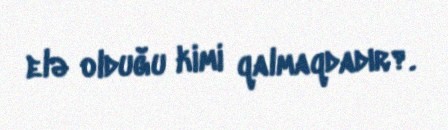
elə olduğu kimi qalmaqdadır?.